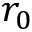
r _ { 0 }